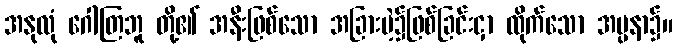
အနုလုံ ဂေါတြဘူ တို့၏ အနီးဖြစ်သော အခြားမဲ့၌ဖြစ်ခြင်းငှာ ထိုက်သော အပ္ပနာ၌။